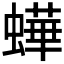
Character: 𧑍